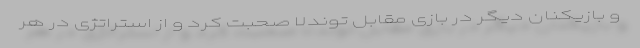
و بازیکنان دیگر در بازی مقابل توندلا صحبت کرد و از استراتژی در هر